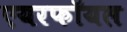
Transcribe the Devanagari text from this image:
एयरफॉयल